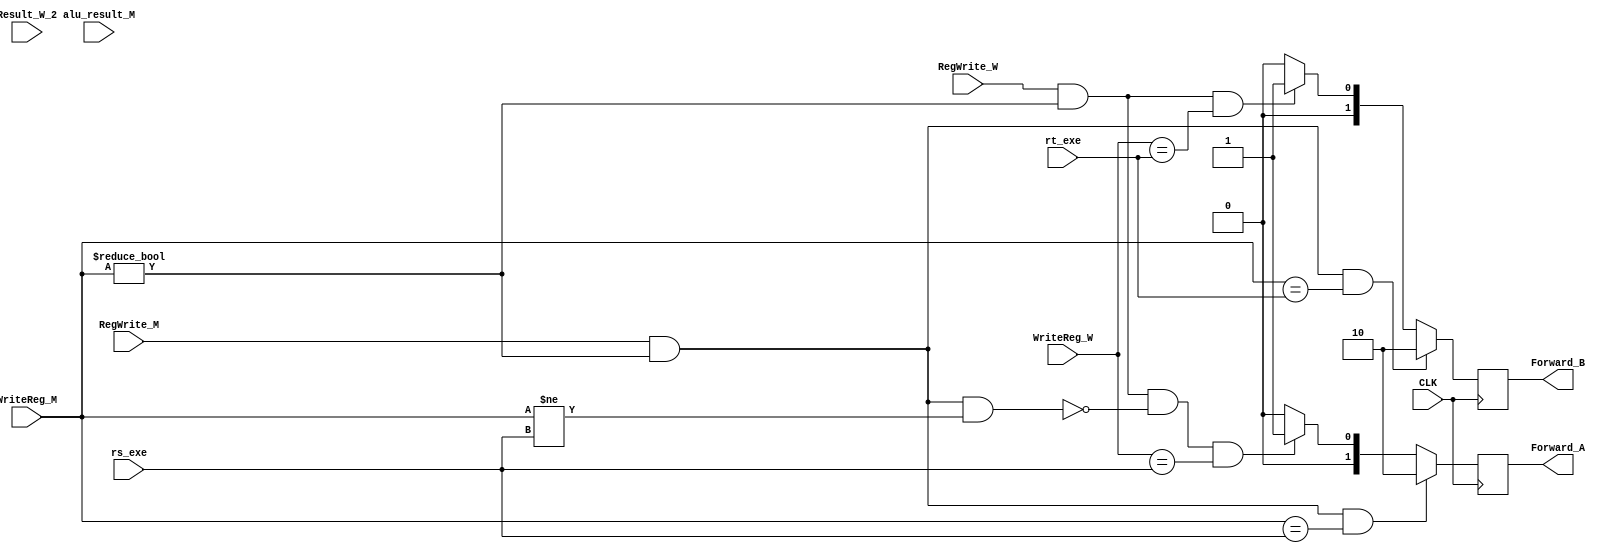
module Forwarding_Unit (
    input CLK,
    input [4:0]     rs_exe,
    input [4:0]     rt_exe,
    input [31:0]    alu_result_M,
    input [4:0]     WriteReg_M,
    input [31:0]    Result_W_2,
    input [4:0]     WriteReg_W,

    input           RegWrite_M,
    input           RegWrite_W,

    output reg [1:0] Forward_A,
    output reg [1:0] Forward_B);

    initial begin
        Forward_A = 0;
        Forward_B = 0;
    end

    always@(negedge CLK) begin

    // EX Hazard    get data from the previous alu_result_M
        if(RegWrite_M & (WriteReg_M != 0) & (WriteReg_M == rs_exe)) begin
            Forward_A = 2'b10;
            $display("Forward_A = 2'b10;");
        end
        else if(
            RegWrite_W  
            &   WriteReg_M != 0
            &   !(RegWrite_M    &   (WriteReg_M != 0) &   (WriteReg_M != rs_exe)) 
            &   (WriteReg_W == rs_exe)
        )begin
            Forward_A = 2'b01;
            $display("Forward_A = 2'b01;");
        end
        else begin
            Forward_A = 2'b00;
        end


        if(RegWrite_M & (WriteReg_M != 0) & (WriteReg_M == rt_exe)) begin
            Forward_B = 2'b10;
            $display("Forward_B = 2'b10;");
        end
        else if(
            RegWrite_W 
            &   WriteReg_M != 0 
            &   (WriteReg_W == rt_exe)
        ) begin
            Forward_B = 2'b01;
            $display("Forward_B = 2'b01;");
        end   
        else begin
            Forward_B = 2'b00;
        end


    // MEM Hazard   1


        #6;
        $display("rs_exe = [%d]", rs_exe);
        $display("rt_exe = [%d]", rt_exe);
        $display("alu_result_M  =[%d]", alu_result_M   );
        $display("WriteReg_M        =[%d]", WriteReg_M         );
        $display("Result_W_2    =[%d]", Result_W_2 );
        $display("WriteReg_W          =[%d]", WriteReg_W       );
        $display("RegWrite_M        -> ", RegWrite_M);
        $display("RegWrite_W        -> ", RegWrite_W);

    end
    
endmodule